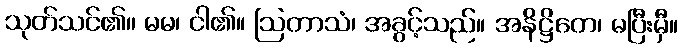
သုတ်သင်၏။ မမ၊ ငါ၏။ ဩတာသံ၊ အခွင့်သည်။ အနိဋ္ဌိတေ၊ မပြီးမှီ။